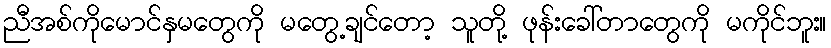
ညီအစ်ကိုမောင်နှမတွေကို မတွေ့ချင်တော့ သူတို့ ဖုန်းခေါ်တာတွေကို မကိုင်ဘူး။